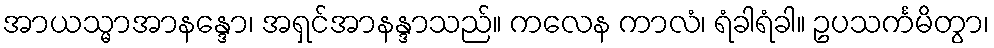
အာယသ္မာအာနန္ဒော၊ အရှင်အာနန္ဒာသည်။ ကလေန ကာလံ၊ ရံခါရံခါ။ ဥပသင်္ကမိတွာ၊